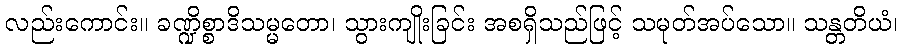
လည်းကောင်း။ ခဏ္ဍိစ္စာဒိသမ္မတော၊ သွားကျိုးခြင်း အစရှိသည်ဖြင့် သမုတ်အပ်သော။ သန္တတိယံ၊